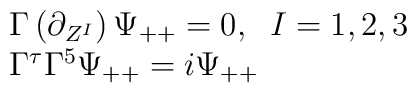
\begin{array}{l}\Gamma\left(\partial_{Z^I}\right)\Psi_{++}=0,\;\;I=1,2,3\\\Gamma^{\tau}\Gamma^5\Psi_{++}=i\Psi_{++}\end{array}